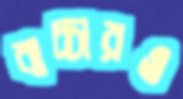
বাচ্চারও